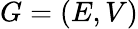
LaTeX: G=(E,V)